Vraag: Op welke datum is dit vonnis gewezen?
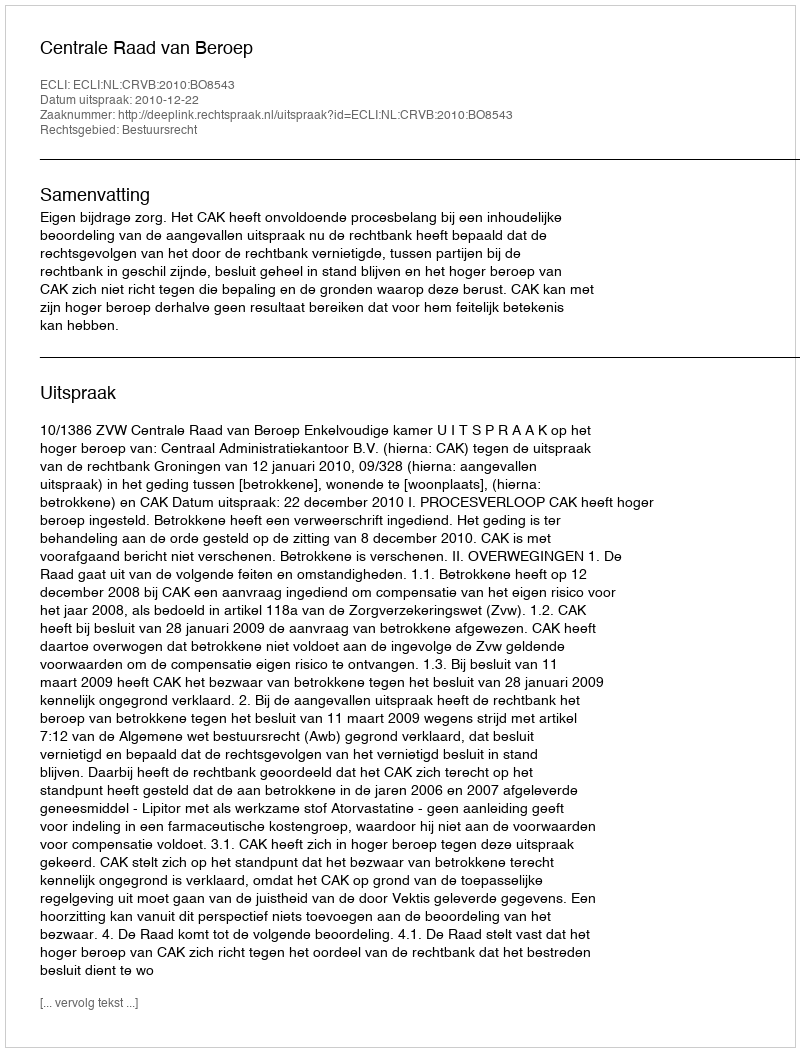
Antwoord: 2010-12-22